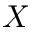
X